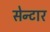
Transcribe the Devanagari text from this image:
सेन्टार